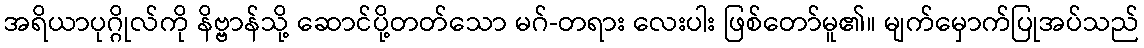
အရိယာပုဂ္ဂိုလ်ကို နိဗ္ဗာန်သို့ ဆောင်ပို့တတ်သော မဂ်-တရား လေးပါး ဖြစ်တော်မူ၏။ မျက်မှောက်ပြုအပ်သည်